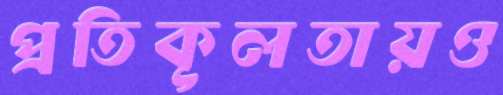
প্রতিকূলতায়ও